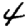
Digit: 4